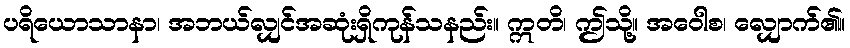
ပရိယောသာနာ၊ အဘယ်လျှင်အဆုံးရှိကုန်သနည်း။ ဣတိ၊ ဤသို့။ အဝေါစ၊ လျှောက်၏။